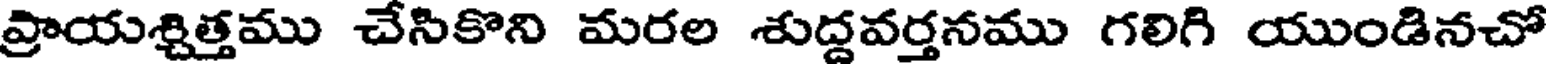
ప్రాయశ్చిత్తము చేసికొని మరల శుద్దవర్తనము గలిగి యుండినచో